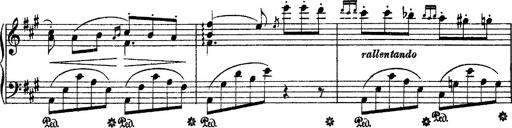
Title: Grande fantasie di bravura sur La clochette
Composer: Franz Liszt
Key: A minor